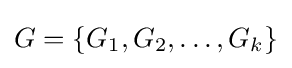
G=\{G_{1},G_{2},\ldots ,G_{k}\}